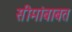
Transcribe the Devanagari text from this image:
सीमांबाबत